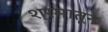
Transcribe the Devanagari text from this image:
श्रमातून